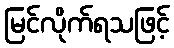
မြင်လိုက်ရသဖြင့်